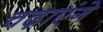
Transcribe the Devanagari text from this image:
चढ़ाएंगे